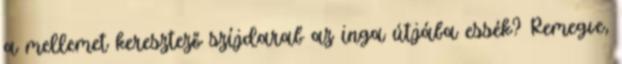
a mellemet keresztező szíjdarab az inga útjába essék? Remegve,